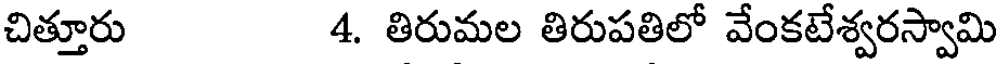
చిత్తూరు 4. తిరుమల తిరుపతిలో వేంకటేశ్వరస్వామి